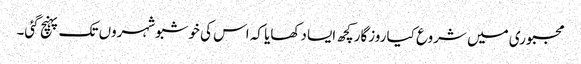
مجبوری میں شروع کیا روزگارکچھ ایسا دکھایا کہ اس کی خوشبوشہروں تک پہنچ گئی۔